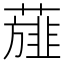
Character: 𮑸